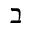
\beth